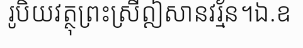
រូបិយវត្ថុព្រះស្រីឦសានវរ្ម័ន។ឯ.ឧ